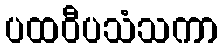
ပထဝီပသံသကာ